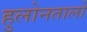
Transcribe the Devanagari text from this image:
हुलोनतालो